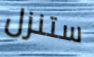
ستنزل